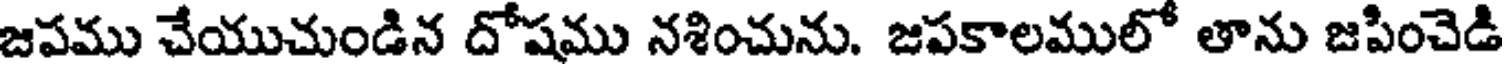
జపము చేయుచుండిన దోషము నశించును. జపకాలములో తాను జపించెడి